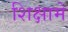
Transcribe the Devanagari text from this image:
शिक्षामे